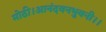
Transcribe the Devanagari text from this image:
मोठी।आनंदवनभुवनी।।